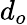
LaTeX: d_{o}